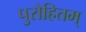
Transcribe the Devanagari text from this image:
पुरोहितम्